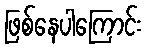
ဖြစ်နေပါကြောင်း